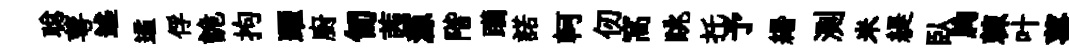
聪萼述遹俘詭拘躍廚匍茜源階躪諾軻仞窩眺托予緡測米緹臥胸棘叶薑